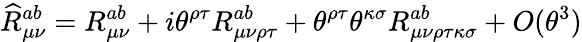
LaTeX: \widehat{R}_{\mu\nu}^{ab}=R_{\mu\nu}^{ab}+i\theta^{\rho\tau}R_{\mu\nu\rho\tau}^{ab}+\theta^{\rho\tau}\theta^{\kappa\sigma}R_{\mu\nu\rho\tau\kappa\sigma}^{ab}+O(\theta^{3})